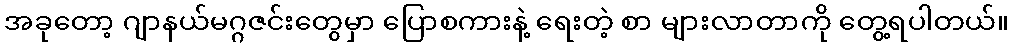
အခုတော့ ဂျာနယ်မဂ္ဂဇင်းတွေမှာ ပြောစကားနဲ့ ရေးတဲ့ စာ များလာတာကို တွေ့ရပါတယ်။